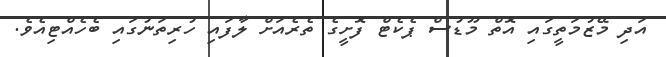
އަދި މޭޒުމަތީގައި އޮތް މޫޑުސް ޕެކެޓް ފޮށީގެ ތެރެއަށް ލާފައި ހުރިތަނުގައި ބެހެއްޓިއެވެ.